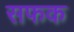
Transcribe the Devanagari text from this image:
सफक